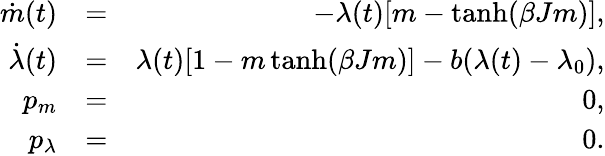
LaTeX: \begin{array}{rlr}{\dot{m}(t)}&{=}&{-\lambda(t)[m-\operatorname{tanh}(\beta Jm)],}\\ {\dot{\lambda}(t)}&{=}&{\lambda(t)[1-m\operatorname{tanh}(\beta Jm)]-b(\lambda(t)-\lambda_{0}),}\\ {p_{m}}&{=}&{0,}\\ {p_{\lambda}}&{=}&{0.}\end{array}